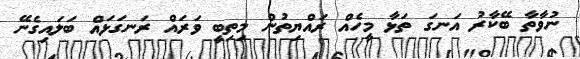
ނުވާތާ ބޭކާރު އަނގަ ތަޅާ މީހެއް ރައްޔިިތުން މިތިބީ ވަރައް ރަނގަޅައް ބަލައިގެނޭ